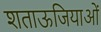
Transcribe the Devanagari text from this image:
शताऊजियाओं